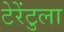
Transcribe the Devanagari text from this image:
टेरेंटुला